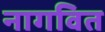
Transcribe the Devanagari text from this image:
नागवित